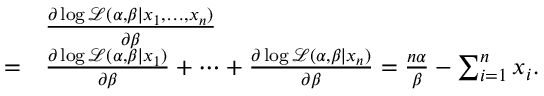
{ \begin{array} { r l } & { { \frac { \partial \log { \mathcal { L } } ( \alpha , \beta \mid x _ { 1 } , \ldots , x _ { n } ) } { \partial \beta } } } \\ { = } & { { \frac { \partial \log { \mathcal { L } } ( \alpha , \beta \mid x _ { 1 } ) } { \partial \beta } } + \cdots + { \frac { \partial \log { \mathcal { L } } ( \alpha , \beta \mid x _ { n } ) } { \partial \beta } } = { \frac { n \alpha } { \beta } } - \sum _ { i = 1 } ^ { n } x _ { i } . } \end{array} }